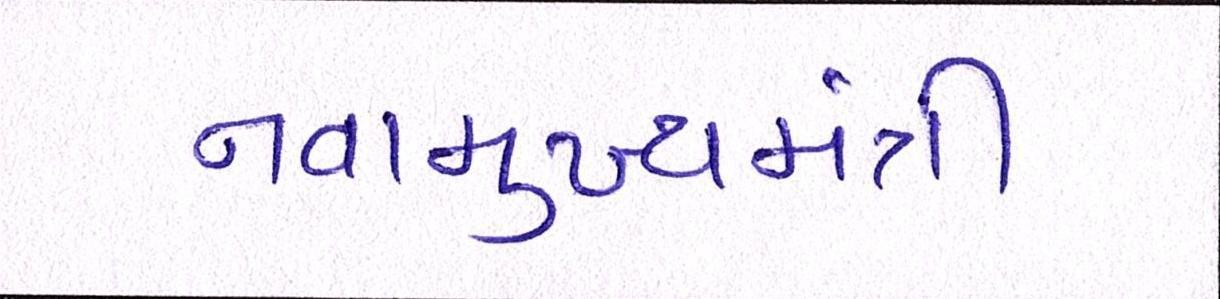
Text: નવામુખ્યમંત્રી